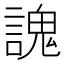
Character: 謉